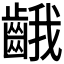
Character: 𪘐